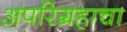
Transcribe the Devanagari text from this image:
अपरिग्रहाचा